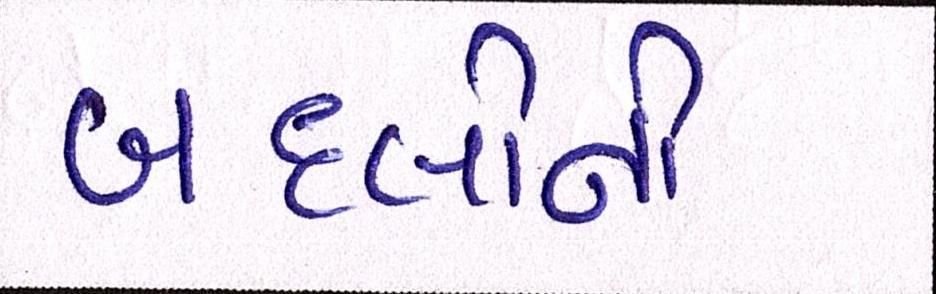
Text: બદલીની